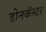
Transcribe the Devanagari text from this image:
डोनकॅस्टर